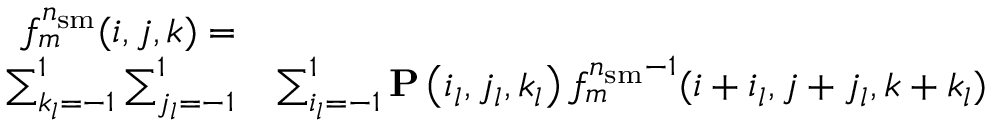
\begin{array} { r l } { f _ { m } ^ { n _ { \mathrm { s m } } } ( i , j , k ) = } & { } \\ { \sum _ { k _ { l } = - 1 } ^ { 1 } \sum _ { j _ { l } = - 1 } ^ { 1 } } & { \sum _ { i _ { l } = - 1 } ^ { 1 } \mathbf { P } \left( i _ { l } , j _ { l } , k _ { l } \right) f _ { m } ^ { n _ { \mathrm { s m } } - 1 } ( i + i _ { l } , j + j _ { l } , k + k _ { l } ) } \end{array}